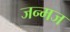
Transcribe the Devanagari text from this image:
जन्मज